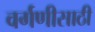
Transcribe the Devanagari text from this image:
वर्गणीसाठी